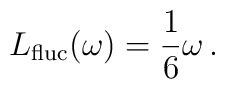
L_{{\rm fluc}}(\omega) = \frac{1}{6} \omega \,.